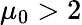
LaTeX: \mu_{0}>2